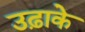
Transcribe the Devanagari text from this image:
उढ़ाके